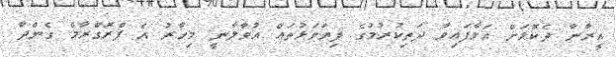
އީރާނާ ދެކޮޅަށް އަޅާފައިވާ ދަތިކުރުމުގެ ފިޔަވަޅުތައް އުވާލާނީ މިހާރު އެ ޕްރޮގްރާމް ގެންދާ